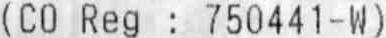
(CO REG : 750441-W)